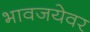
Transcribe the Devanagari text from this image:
भावजयेवर